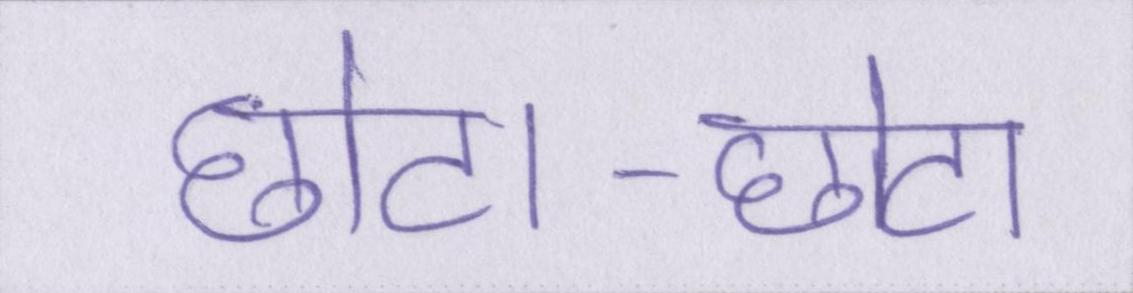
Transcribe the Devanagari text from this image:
छोटा-छोटा